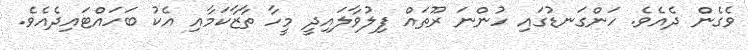
ވެގެން ދެއެވެ. ހަންގަނޑުގައި ހުންނަ ރޫތައް ފިލުވާލައިދީ މީހާ ތާޒާކަމާއި އެކު ބަހައްޓައިދެއެވެ.